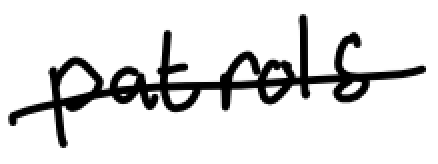
Text: patrols
Cross-out: mix
Writing tool: digital_black